Sketch of the medical history of the native army of Bombay, for the year
Year: 1876
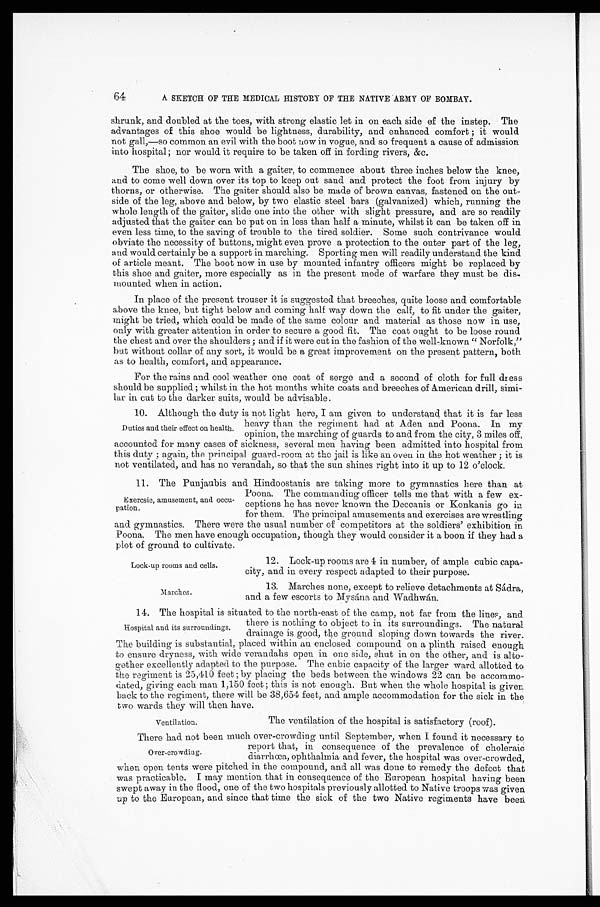
Lock-up rooms and cells.
Marches.
64
A SKETCH OF THE MEDICAL HISTORY OF THE NATIVE ARMY OF BOMBAY.
shrunk, and doubled at the toes, with strong elastic let in on each side of the instep. The
advantages of this shoe would be lightness, durability, and enhanced comfort; it would
not gall,—so common an evil with the boot now in vogue, and so frequent a cause of admission
into hospital; nor would it require to be taken off in fording rivers, &c.
The shoe, to be worn with a gaiter, to commence about three inches below the knee,
and to come well down over its top to keep out sand and protect the foot from injury by
thorns, or otherwise. The gaiter should also be made of brown canvas, fastened on the out
-
side of the leg, above and below, by two elastic steel bars (galvanized) which, running the
whole length of the gaiter, slide one into the other with slight pressure, and are so readily
adjusted that the gaiter can be put on in less than half a minute, whilst it can be taken off in
even less time, to the saving of trouble to the tired soldier. Some such contrivance would
obviate the necessity of buttons, might even prove a protection to the outer part of the leg,
and would certainly be a support in marching. Sporting men will readily understand the kind
of article meant. The boot now in use by mounted infantry officers might be replaced by
this shoe and gaiter, more especially as in the present mode of warfare they must be dis
-
mounted when in action.
In place of the present trouser it is suggested that breeches, quite loose and comfortable
above the knee, but tight below and coming half way down the calf, to fit under the gaiter,
might be tried, which could be made of the same colour and material as those now in use,
only with greater attention in order to secure a good fit. The coat ought to be loose round
the chest and over the shoulders; and if it were cut in the fashion of the well-known "Norfolk,"
but without collar of any sort, it would be a great improvement on the present pattern, both
as to health, comfort, and appearance.
For the rains and cool weather one coat of serge and a second of cloth for full dress
should be supplied; whilst in the hot months white coats and breeches of American drill, simi
-
lar in cut to the darker suits, would be advisable.
10. Although the duty is not light here, I am given to understand that it is far less
heavy than the regiment had at Aden and Poona. In my
opinion, the marching of guards to and from the city, 3 miles off,
accounted for many cases of sickness, several men having been admitted into hospital from
this duty; again, the principal guard-room at the jail is like an oven in the hot weather; it is
not ventilated, and has no verandah, so that the sun shines right into it up to 12 o'clock.
11. The Punjaubis and Hindoostanis are taking more to gymnastics here than at
Poona. The commanding officer tells me that with a few ex
-
ceptions he has never known the Deccanis or Konkanis go in
for them. The principal amusements and exercises are wrestling
and gymnastics. There were the usual number of competitors at the soldiers' exhibition in
Poona. The men have enough occupation, though they would consider it a boon if they had a
p l o t o f g r o u n d t o c u l t i v a t e .
Duties and their effect on health.
Exercsie, amusement, and occu
-
pation.
12. Lock-up rooms are 4 in number, of ample cubic capa
-
city, and in every respect adapted to their purpose.
13. Marches none, except to relieve detachments at Sádra
,
and a few escorts to Mysána and Wadhwán.
14. The hospital is situated to the north-east of the camp, not far from the lines, and
there is nothing to object to in its surroundings. The natural
drainage is good, the ground sloping down towards the river.
The building is substantial, placed within an enclosed compound on a plinth raised enough
to ensure dryness, with wide verandahs open in one side, shut in on the other, and is alto -
gether excellently adapted to the purpose. The cubic capacity of the larger ward allotted to
the regiment is 25,410 feet; by placing the beds between the windows 22 can be accommo -
dated, giving man 1,150 feet; this is not enough. But when the whole hospital is given
back to the regiment, there will be 38,654 feet, and ample accommodation for the sick in the
two wards they will then have.
Hospital and its surroundings.
Ventilation.
The ventilation of the hospital is satisfactory (roof).
There had not been much over-crowding until September, when I found it necessary to
report that, in consequence of the prevalence of choleraic
diarrhœa, ophthalmia and fever, the hospital was over-crowded,
when open tents were pitched in the compound, and all was done to remedy the defect that
was practicable. I may mention that in consequence of the European hospital having been
swept away in the flood, one of the two hospitals previously allotted to Native troops was given
up to the European, and since that time the sick of the two Native regiments have been
Over-crowding.